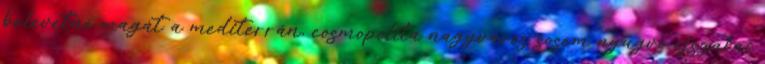
belevetné magát a mediterrán, cosmopolita nagyváros sosem nyugvó éjszakai